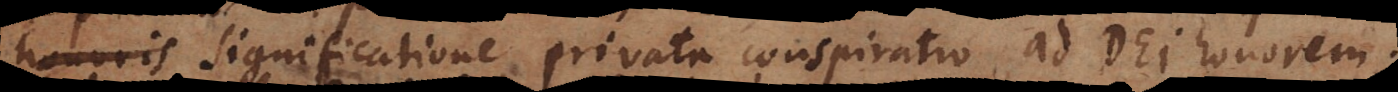
significatione privata conspiratio ad Dei honorem;